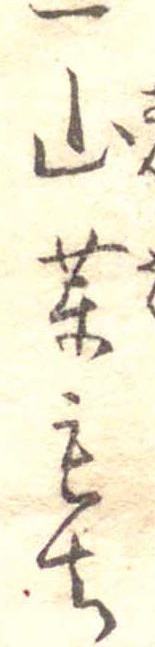
一山薬もち